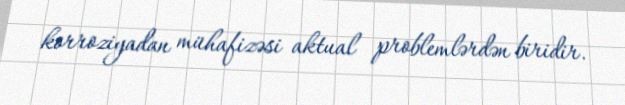
korroziyadan mühafizəsi aktual problemlərdən biridir.